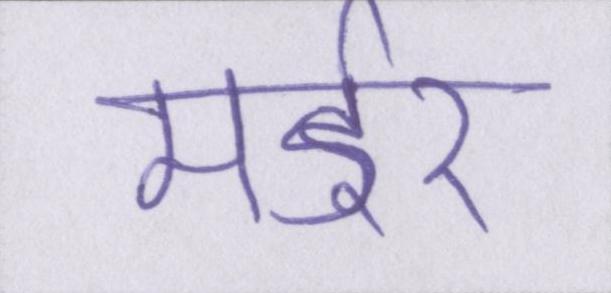
मर्डर